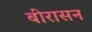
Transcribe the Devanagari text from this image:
बीरासन